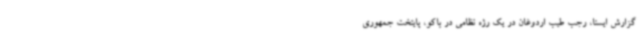
گزارش ایسنا، رجب طیب اردوغان در یک رژه نظامی در باکو، پایتخت جمهوری